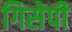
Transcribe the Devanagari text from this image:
गिसेपी